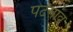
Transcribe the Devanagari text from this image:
पटंगांव